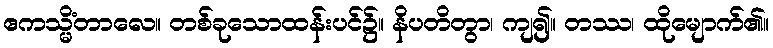
ဧကသ္မိံတာလေ။ တစ်ခုသောထန်းပင်၌။ နိပတိတွာ၊ ကျ၍။ တဿ၊ ထိုမျောက်၏။